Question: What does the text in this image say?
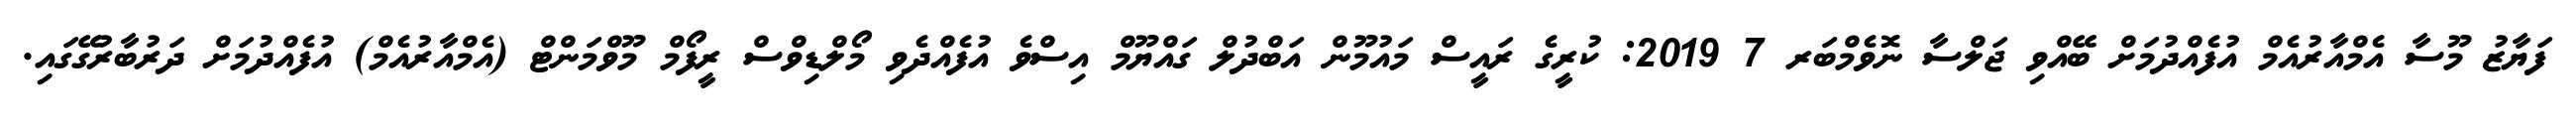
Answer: ފަޔާޒު މޫސާ އެމްއާރުއެމް އުފެއްދުމަށް ބޭއްވި ޖަލްސާ ނޮވެމްބަރ 7 2019: ކުރީގެ ރައީސް މައުމޫން އަބްދުލް ގައްޔޫމް އިސްވެ އުފެއްދެވި މޯލްޑިވްސް ރީފޯމް މޫވްމަންޓް (އެމްއާރުއެމް) އުފެއްދުމަށް ދަރުބާރުގޭގައި.